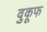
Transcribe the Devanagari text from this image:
वुकूफ